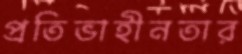
প্রতিভাহীনতার